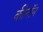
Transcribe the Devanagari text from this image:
कीनॉन